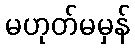
မဟုတ်မမှန်